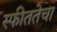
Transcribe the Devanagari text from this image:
स्फीततेचा